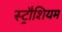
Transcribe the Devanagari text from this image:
स्ट्रौशियम